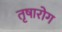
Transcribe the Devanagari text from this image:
तृषारोग